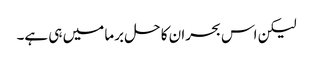
لیکن اس بحران کا حل برما میں ہی ہے۔